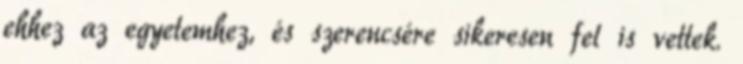
ehhez az egyetemhez, és szerencsére sikeresen fel is vettek.